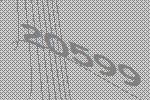
20599